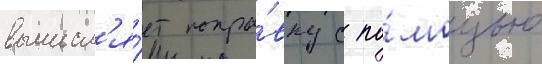
вычисл'я́ет попра́вку с по́мощью